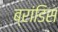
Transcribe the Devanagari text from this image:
ब्रांडिस